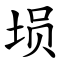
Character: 埙